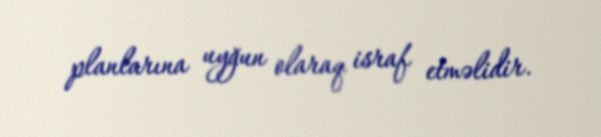
planlarına uyğun olaraq israf etməlidir.